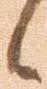
候